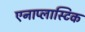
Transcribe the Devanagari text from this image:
एनाप्लास्टिक